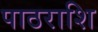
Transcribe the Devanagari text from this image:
पाठराशि